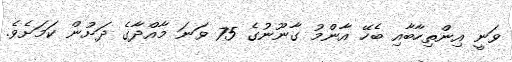
ވަނީ އިންތިހާބާއި ބެހޭ އާންމު ގާނޫނުގެ 75 ވަނަ މާއްދާގެ ދަށުން ކަމަށެވެ.